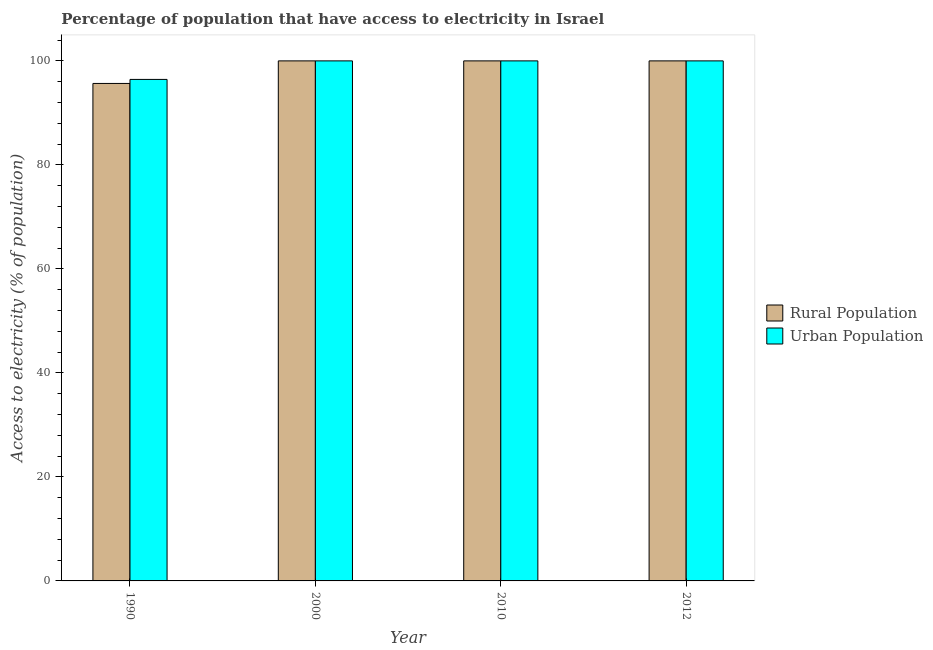
| Year | Rural Population | Urban Population |
 | --- | --- | --- |
 | 1990 | 95.7 | 96.4 |
 | 2000 | 100 | 100 |
 | 2010 | 100 | 100 |
 | 2012 | 100 | 100 |